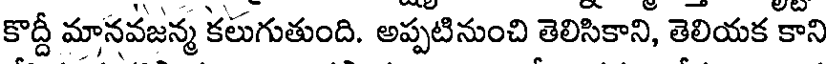
కొద్దీ మానవజన్మ కలుగుతుంది. అప్పటినుంచి తెలిసికాని, తెలియక కాని